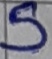
Text: S